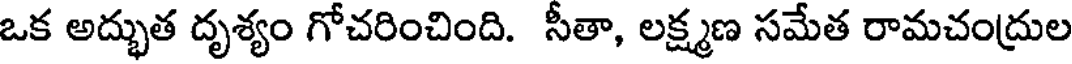
ఒక అద్భుత దృశ్యం గోచరించింది. సీతా, లక్ష్మణ సమేత రామచంద్రుల